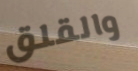
والقلق